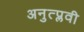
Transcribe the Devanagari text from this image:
अनुत्प्लवी